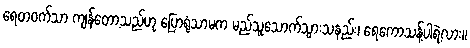
ရေတဝက်သာ ကျန်တော့သည်ဟု ပြောရုံသာမက မည်သူသောက်သွားသနည်း၊ ရေကောသန့်ပါရဲ့လား။